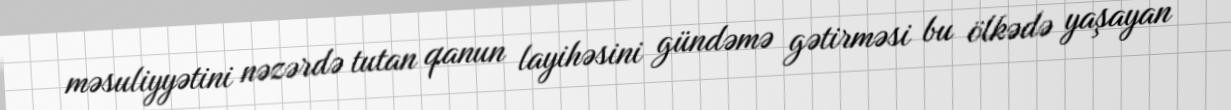
məsuliyyətini nəzərdə tutan qanun layihəsini gündəmə gətirməsi bu ölkədə yaşayan